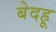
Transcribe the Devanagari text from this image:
बेदहू